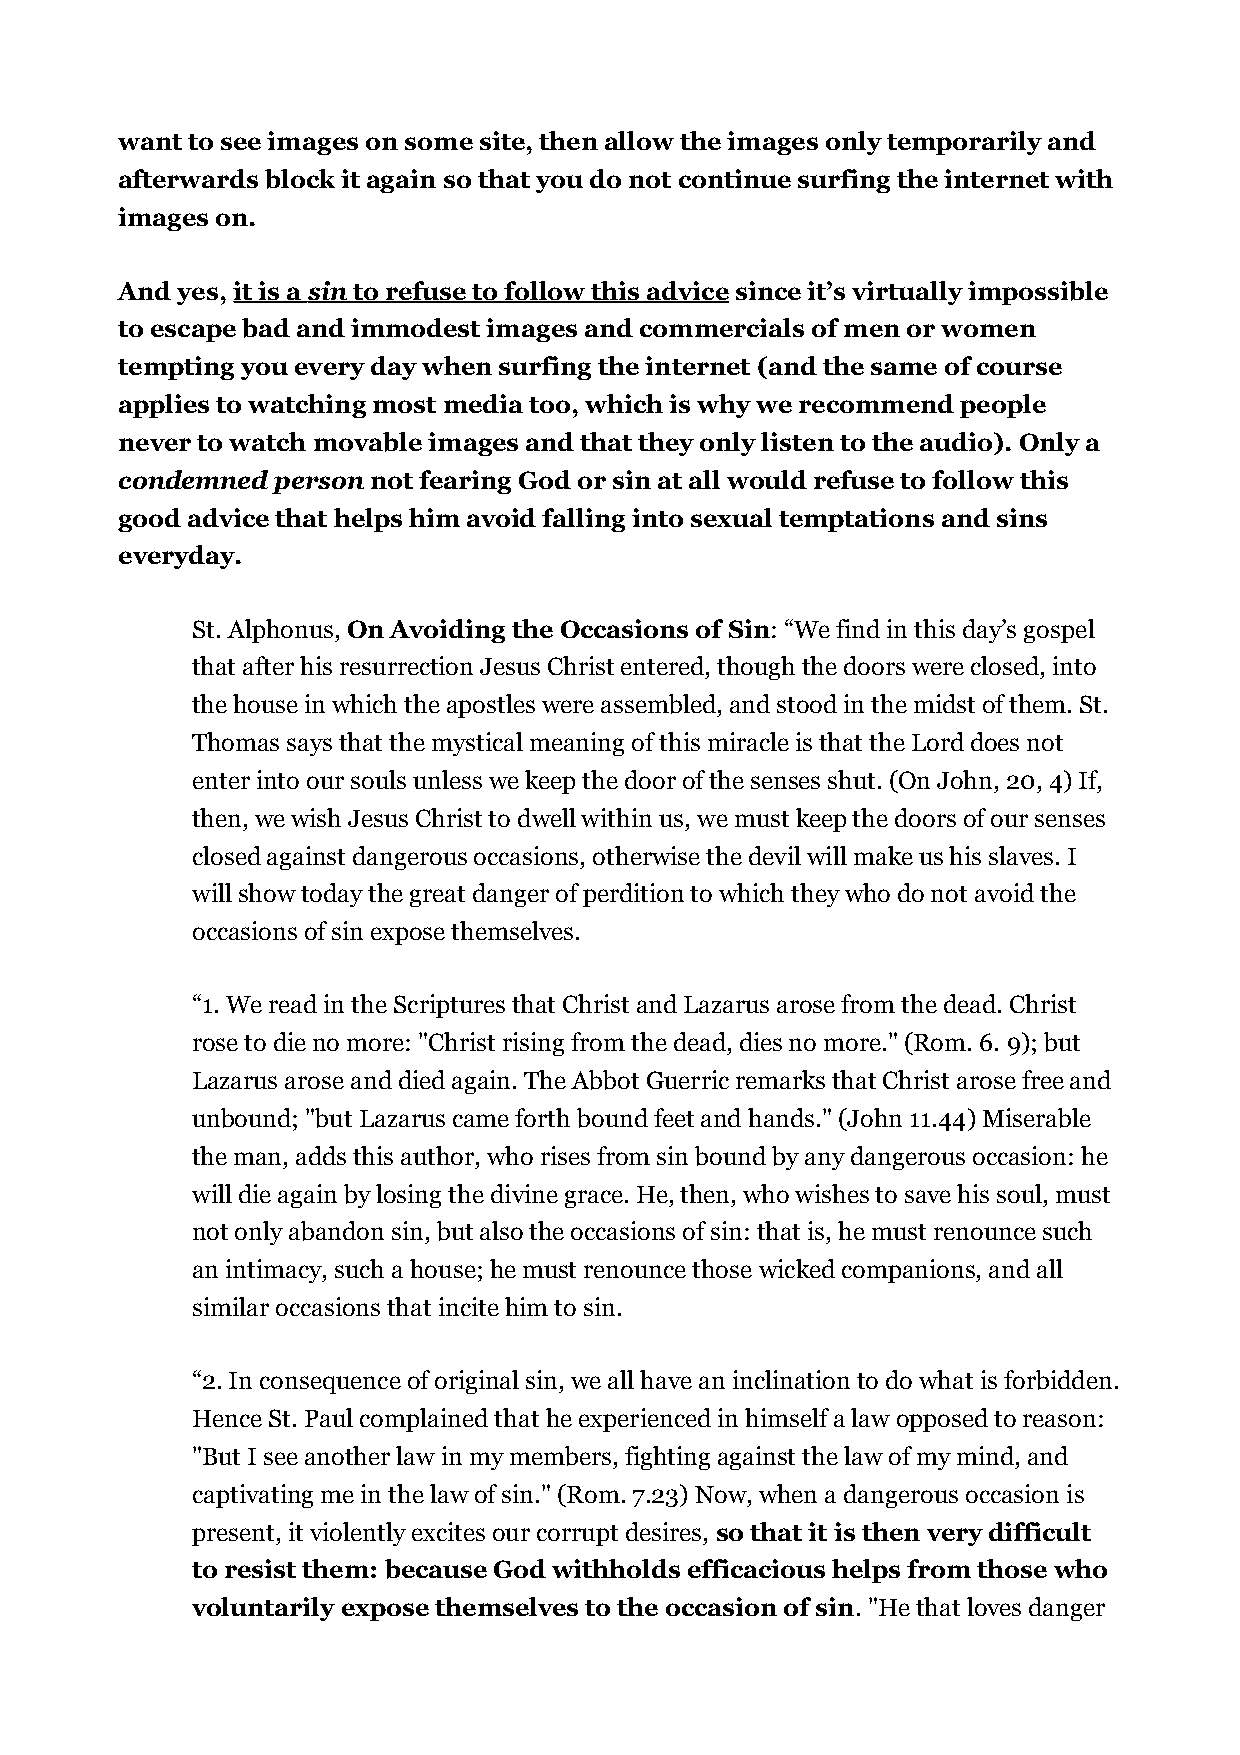
want to see images on some site, then allow the images only temporarily and
 afterwards block it again so that you do not continue surfing the internet with
 images on.
 And yes, it is a sin to refuse to follow this advice since it’s virtually impossible
 to escape bad and immodest images and commercials of men or women
 tempting you every day when surfing the internet (and the same of course
 applies to watching most media too, which is why we recommend people
 never to watch movable images and that they only listen to the audio). Only a
 condemned person not fearing God or sin at all would refuse to follow this
 good advice that helps him avoid falling into sexual temptations and sins
 everyday.
 St. Alphonus, On Avoiding the Occasions of Sin: “We find in this day’s gospel
 that after his resurrection Jesus Christ entered, though the doors were closed, into
 the house in which the apostles were assembled, and stood in the midst of them. St.
 Thomas says that the mystical meaning of this miracle is that the Lord does not
 enter into our souls unless we keep the door of the senses shut. (On John, 20, 4) If,
 then, we wish Jesus Christ to dwell within us, we must keep the doors of our senses
 closed against dangerous occasions, otherwise the devil will make us his slaves. I
 will show today the great danger of perdition to which they who do not avoid the
 occasions of sin expose themselves.
 “1. We read in the Scriptures that Christ and Lazarus arose from the dead. Christ
 rose to die no more: "Christ rising from the dead, dies no more." (Rom. 6. 9); but
 Lazarus arose and died again. The Abbot Guerric remarks that Christ arose free and
 unbound; "but Lazarus came forth bound feet and hands." (John 11.44) Miserable
 the man, adds this author, who rises from sin bound by any dangerous occasion: he
 will die again by losing the divine grace. He, then, who wishes to save his soul, must
 not only abandon sin, but also the occasions of sin: that is, he must renounce such
 an intimacy, such a house; he must renounce those wicked companions, and all
 similar occasions that incite him to sin.
 “2. In consequence of original sin, we all have an inclination to do what is forbidden.
 Hence St. Paul complained that he experienced in himself a law opposed to reason:
 "But I see another law in my members, fighting against the law of my mind, and
 captivating me in the law of sin." (Rom. 7.23) Now, when a dangerous occasion is
 present, it violently excites our corrupt desires, so that it is then very difficult
 to resist them: because God withholds efficacious helps from those who
 voluntarily expose themselves to the occasion of sin. "He that loves danger